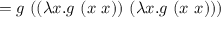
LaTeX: = g \ ( ( \lambda x . g \ ( x \ x ) ) \ ( \lambda x . g \ ( x \ x ) ) )